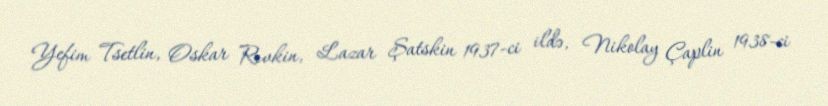
Yefim Tsetlin, Oskar Rıvkin, Lazar Şatskin 1937-ci ildə, Nikolay Çaplin 1938-ci